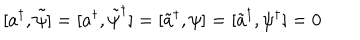
[ a ^ { \dagger } , \tilde { \psi } ] = [ a ^ { \dagger } , \tilde { \psi } ^ { \dagger } ] = [ \tilde { a } ^ { \dagger } , \psi ] = [ \tilde { a } ^ { \dagger } , \psi ^ { \dagger } ] = 0